Vaccination report Assam 1896-1927 - 1896-1927
Year: 1896
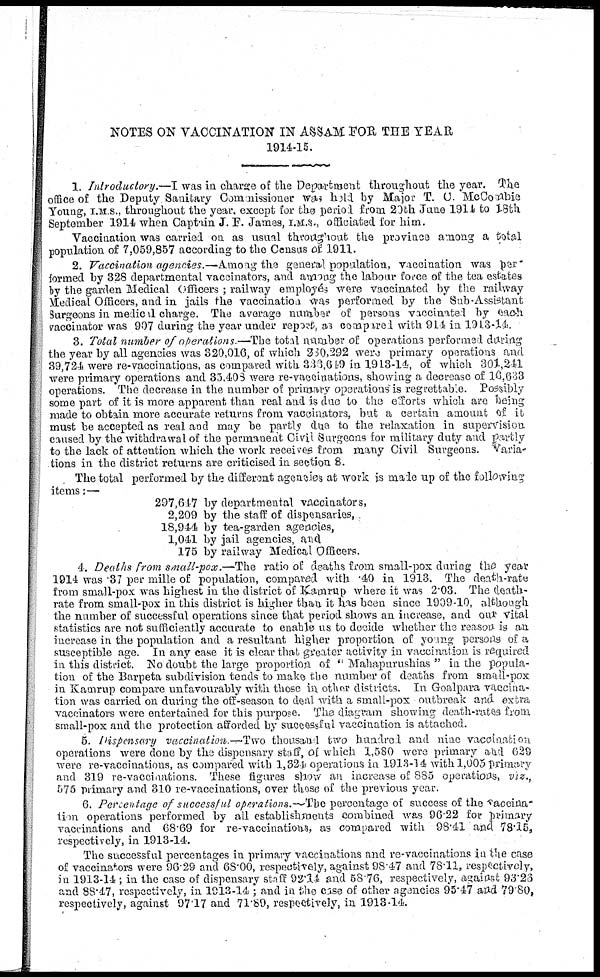
NOTES ON VACCINATION IN ASSAM FOR THE YEAR
1914-15.
1. Introductory.—I was in charge of the Department throughout the year. The
office of the Deputy Sanitary Commissioner was held by Major T. C. McCombie
Young, I.M.S., throughout the year, except for the period from 20th June 1914 to 18th
September 1914 when Captain J. F. James, I.M.S., officiated for him.
Vaccination was carried on as usual throughout the province among a total
population of 7,059,857 according to the Census of 1911.
2. Vaccination agencies.—Among the general population, vaccination was per-
formed by 328 departmental vaccinators, and among the labour force of the tea estates
by the garden Medical Officers ; railway employés were vaccinated by the railway
Medical Officers, and in jails the vaccination was performed by the Sub-Assistant
Surgeons in medical charge. The average number of persons vaccinated by each
vaccinator was 907 during the year under report, as compared with 914 in 1913-14.
3. Total number of operations —The total number of operations performed during
the year by all agencies was 320,016, of which 230,292 were primary operations and
39,724 were re-vaccinations, as compared with 336,649 in 1913-14, of which 301,241
were primary operations and 35,408 were re-vaccinations, showing a decrease of 16,633
operations. The decrease in the number of primary operations is regrettable. Possibly
some part of it is more apparent than real and is due to the efforts which are being
made to obtain more accurate returns from vaccinators, but a certain amount of it
must be accepted as real and may be partly due to the relaxation in supervision
caused by the withdrawal of the permanent Civil Surgeons for military duty and partly
to the lack of attention which the work receives from many Civil Surgeons. Varia-
tions in the district returns are criticised in section 8.
The total performed by the different agencies at work is made up of the following
items:—
297,61-7 by departmental vaccinators,
2,209 by the staff of dispensaries,
18,944 by tea-garden agencies,
1,041 by jail agencies, and
175 by railway Medical Officers.
4. Deaths from small-pox.—The ratio of deaths from small-pox during the year
1914 was .37 per mille of population, compared with .40 in 1913. The death-rate
from small-pox was highest in the district of Kamrup where it was 2.03. The death-
rate from small-pox in this district is higher than it has been since 1909-10, although
the number of successful operations since that period shows an increase, and our vital
statistics are not sufficiently accurate to enable us to decide whether the reason, is an
increase in the population and a resultant higher proportion of young persons of a
susceptible age. In any case it is clear that greater activity in vaccination is required
in this district. No doubt the large proportion of " Mahapurushias " in the popula-
tion of the Barpeta subdivision tends to make the number of deaths from small-pox
in Kamrup compare unfavourably with those in other districts. In Goalpara vaccina-
tion was carried on during the off-season to deal with a small-pox outbreak and extra
vaccinators were entertained for this purpose. The diagram showing death-rates from
small-pox and the protection afforded by successful vaccination is attached.
5. Dispensary vaccination.—Two thousand two hundred and nine vaccination
operations were done by the dispensary staff, of which 1,580 were primary and 629
were re-vaccinations, as compared with 1,324 operations in 1913-14 with 1,005 primary
and 319 re-vaccinations. These figures show an increase of 885 operations, viz.,
575 primary and 310 re-vaccinations, over those of the previous year.
6. Percentage of successful operations.—The percentage of success of the vaccina¬
lim operations performed by all establishments combined was 96.22 for primary
vaccinations and 68.69 for re-vaccinations, as compared with 98.41 and 78.15,
respectively, in 1913-14.
The successful percentages in primary vaccinations and re-vaccinations in the case
of vaccinators were 96.29 and 68.00, respectively, against 98.47 and 78.11, respectively,
in 1913-14 ; in the case of dispensary staff 92.14 and 58.76, respectively, against 93.26
and 88.47, respectively, in 1913-14 ; and in the case of other agencies 95.47 and 79.80,
respectively, against 97.17 and 71.89, respectively, in 1913-14.